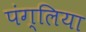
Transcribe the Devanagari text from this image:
पंग्लिया